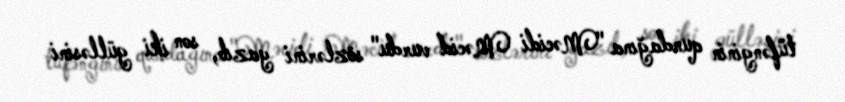
tüfənginin qundağına "Məcidi Məcid vurdu" sözlərini yazıb, son iki gülləsini